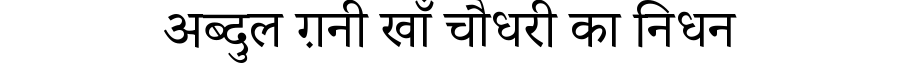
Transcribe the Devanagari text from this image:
अब्दुल ग़नी खाँ चौधरी का निधन